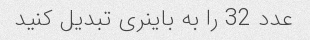
عدد 32 را به باینری تبدیل کنید